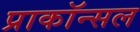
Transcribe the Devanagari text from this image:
प्राकॉन्सल